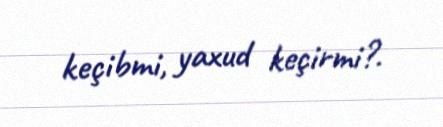
keçibmi, yaxud keçirmi?.